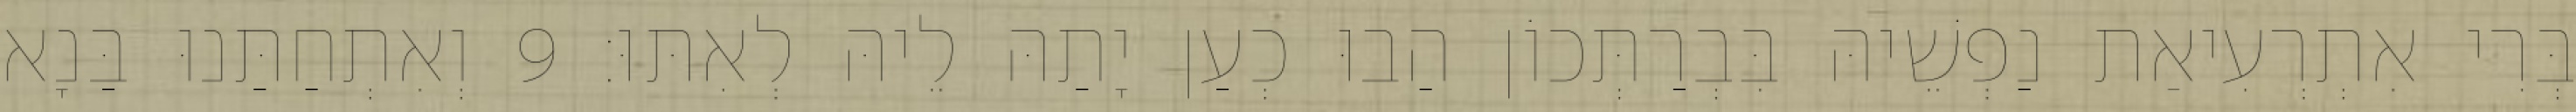
בְּרִי אִתְרְעִיאַת נַפְשֵׁיהּ בִּבְרַתְּכוֹן הַבוּ כְעַן יָתַהּ לֵיהּ לְאִתּוּ׃ 9 וְאִתְחַתַּנוּ בַּנָא